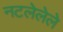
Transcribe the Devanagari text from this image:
नटलेलेले